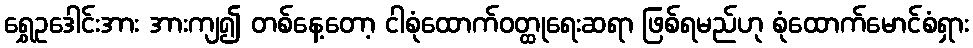
ရွှေဥဒေါင်းအား အားကျ၍ တစ်နေ့တော့ ငါစုံထောက်ဝတ္ထုရေးဆရာ ဖြစ်ရမည်ဟု စုံထောက်မောင်စံရှား